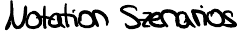
Notation Szenarios